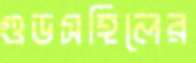
গুডসহিলের